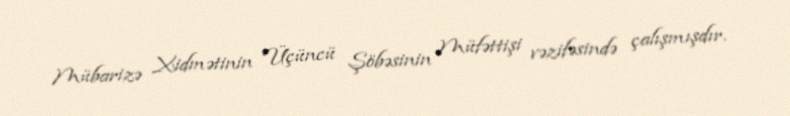
Mübarizə Xidmətinin Üçüncü Şöbəsinin Müfəttişi vəzifəsində çalışmışdır.